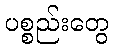
ပစ္စည်းတွေ